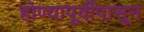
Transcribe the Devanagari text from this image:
होण्यापूर्वीपासून